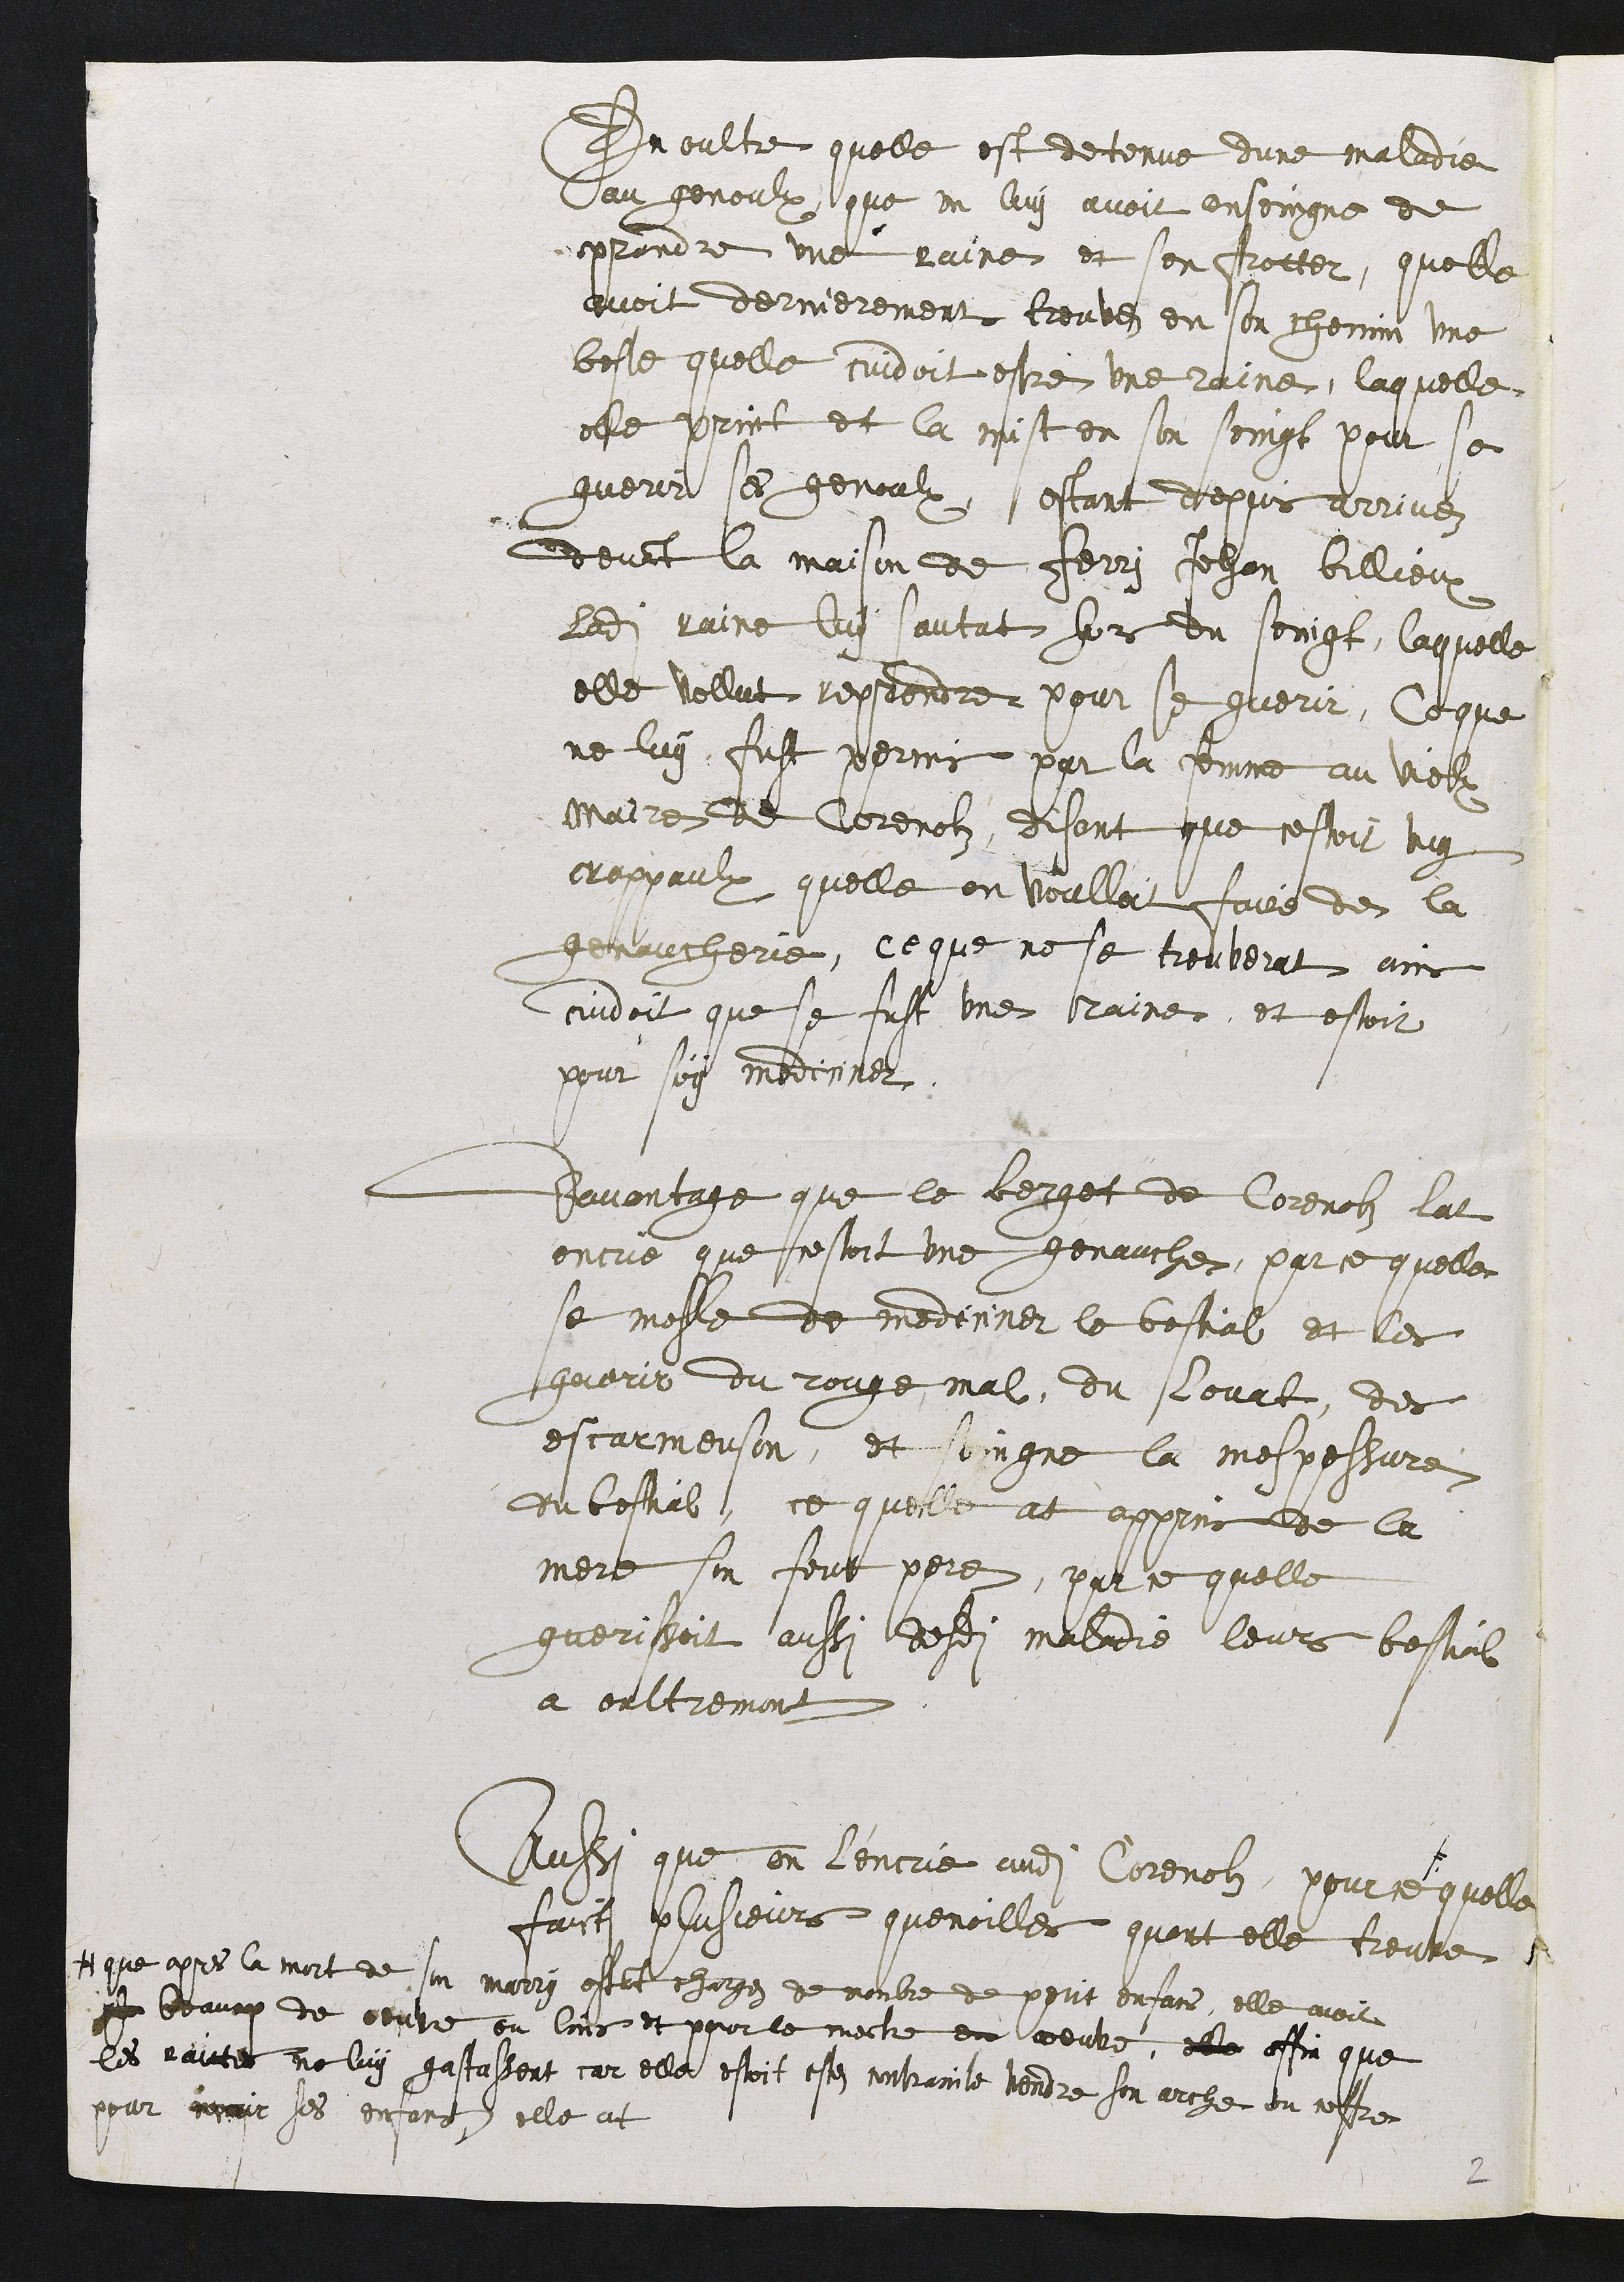
En oultre quelle est detenue dune maladie
au genoulx que on luy avoit ensoingne de
prendre une raine et sen frotter, quelle
avoit dernierement trouvez en son chemin une
beste quelle cuidoit estre une raine, laquelle
elle print et la mist en son seingt pour se
guerir se genaulx, estant depuis arrivéz
devant la maison de Ferri Jehan Billieux
ladite raine luy sautat hors du soingt, laquelle
elle vollut reprendre pour se guerir, Ce que
ne luy fust perms par la femme au vielx
maire de Corenolz, disant que cestoit uuy
crappaulx quelle on voulloit faire de la
genaucherie, ce que ne se trouverat ans
cuidoit que se fust une raine, et estoit
pour soy mediciner.
Davantage que le berget de Corenolz lat
encrié que scestoit une genauche, par ce quelle
se mesle de mediciner le bestial et les
guerir du rouge mal, du sovat, des
escarmeison, et soingne la mespessure
du bestial, ce quelle at apprins de la
mere son feut pere, par ce quelle
guerissoit aussi desdits maladie leurs bestiail
a oultremont
Aussi que on lencrie audit Corenolz, pour ce
+ que apres la mort de son marry estant chargez de nombre de perit enfans, elle avoit
beaucp de oeutre ou lins et pour le mectre eu ceuve, elle offin que
les raictes ne luy gastassent car elle estoit estez contrainte vendre son arche ou coffre
pour moir ses enfans elle at
quelle
faict plusieurs quenoilles quont elle treuve